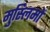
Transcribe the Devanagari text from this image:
मुस्‍लिमों